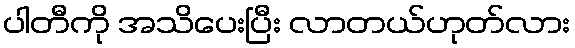
ပါတီကို အသိပေးပြီး လာတယ်ဟုတ်လား